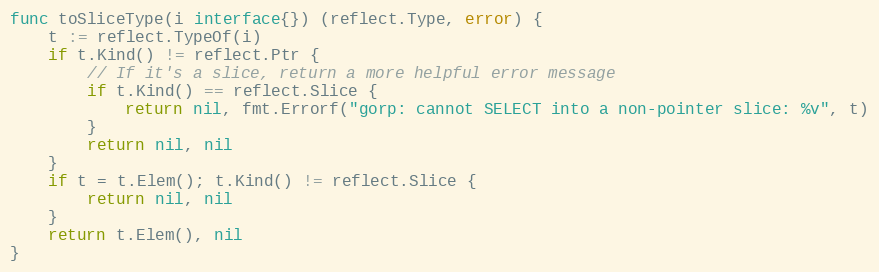
Language: Go
func toSliceType(i interface{}) (reflect.Type, error) {
	t := reflect.TypeOf(i)
	if t.Kind() != reflect.Ptr {
		// If it's a slice, return a more helpful error message
		if t.Kind() == reflect.Slice {
			return nil, fmt.Errorf("gorp: cannot SELECT into a non-pointer slice: %v", t)
		}
		return nil, nil
	}
	if t = t.Elem(); t.Kind() != reflect.Slice {
		return nil, nil
	}
	return t.Elem(), nil
}